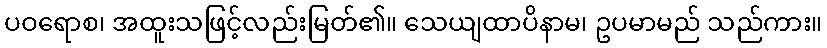
ပဝရောစ၊ အထူးသဖြင့်လည်းမြတ်၏။ သေယျထာပိနာမ၊ ဥပမာမည် သည်ကား။